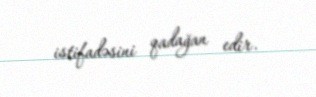
istifadəsini qadağan edir.